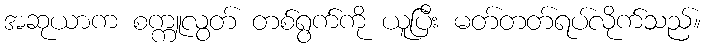
အဆုယာက စက္ကူလွတ် တစ်ရွက်ကို ယူပြီး မတ်တတ်ရပ်လိုက်သည်။